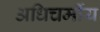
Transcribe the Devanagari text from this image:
अधिचर्मीय